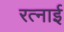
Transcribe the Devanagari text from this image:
रत्नाई